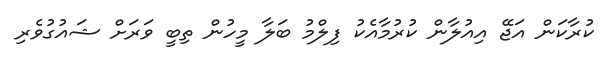
ކުރާކަން އަޖޭ އިއުލާން ކުރުމާއެކު ފިލްމު ބަލާ މީހުން ތިބީ ވަރަށް ޝައުގުވެރި